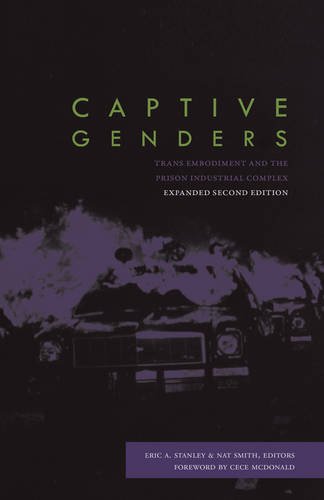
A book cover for Captive Genders: Trans Embodiment and the Prison Industrial Complex, Second Edition; Gay & Lesbian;